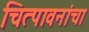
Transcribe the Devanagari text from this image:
चित्पावनांचा